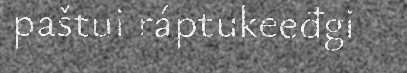
paštui ráptukeeđgi